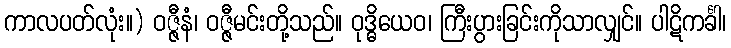
ကာလပတ်လုံး။) ဝဇ္ဇီနံ၊ ဝဇ္ဇီမင်းတို့သည်။ ဝုဒ္ဓိယေဝ၊ ကြီးပွားခြင်းကိုသာလျှင်။ ပါဋိကင်္ခါ၊